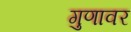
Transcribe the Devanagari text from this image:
गुणावर